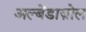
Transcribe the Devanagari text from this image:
अल्बेंडाज़ोल